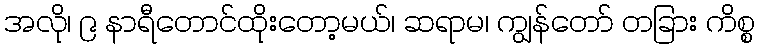
အလို၊ ၉ နာရီတောင်ထိုးတော့မယ်၊ ဆရာမ၊ ကျွန်တော် တခြား ကိစ္စ